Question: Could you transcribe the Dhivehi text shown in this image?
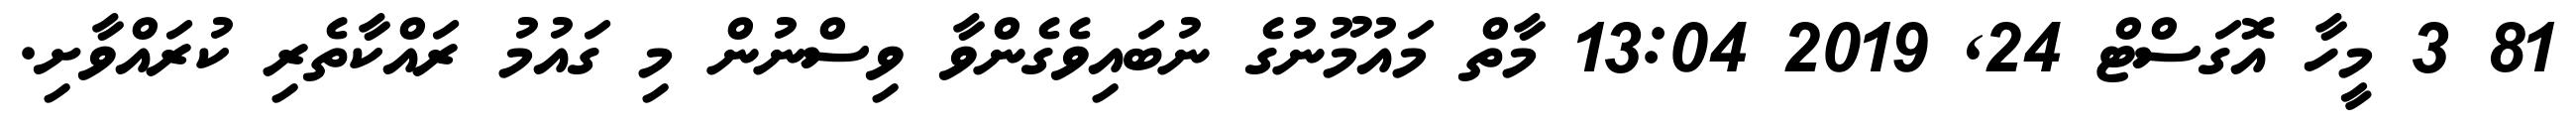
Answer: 81 3 މީހާ އޮގަސްޓް 24, 2019 13:04 މާތް މައުމޫނުގެ ނުބައިވެގެންވާ ވިސްނުން މި ގައުމު ރައްކާތެރި ކުރައްވާށި.